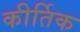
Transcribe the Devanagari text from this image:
कीर्तिक